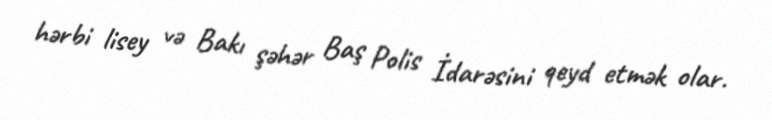
hərbi lisey və Bakı şəhər Baş Polis İdarəsini qeyd etmək olar.